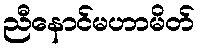
ညီနောင်မဟာမိတ်